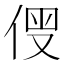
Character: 𠊗